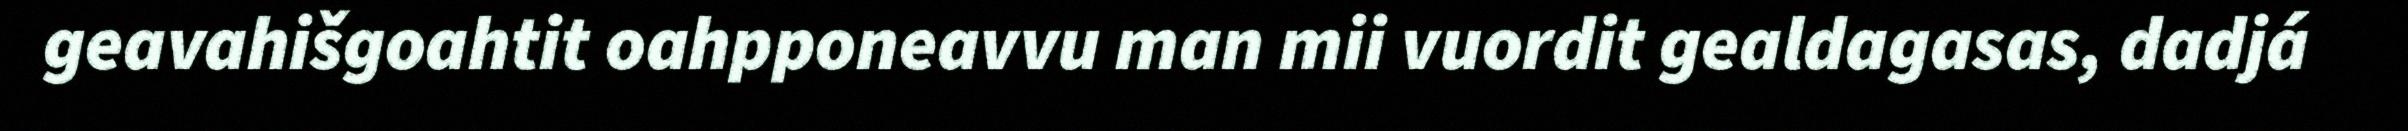
geavahišgoahtit oahpponeavvu man mii vuordit gealdagasas, dadjá